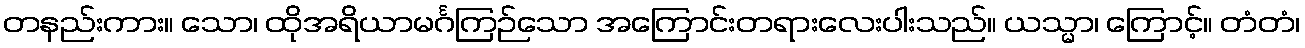
တနည်းကား။ သော၊ ထိုအရိယာမင်္ဂကြဉ်သော အကြောင်းတရားလေးပါးသည်။ ယသ္မာ၊ ကြောင့်။ တံတံ၊